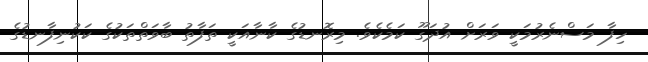
ހިފާ މަސްނެރުމަކީ ވަރަށް އުދަގޫ ކަމެކެވެ. މިރޮނޑުގެ ކާނާއަކީ ތަފާތު ބާވަތްތަކުގެ ކަކުނިފާނޑުގެ